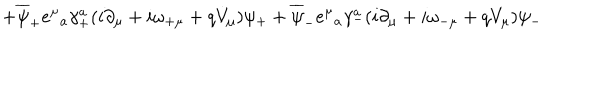
+ \overline { { { \psi } } } _ { + } e ^ { \mu } { } _ { a } \gamma _ { + } ^ { a } ( i \partial _ { \mu } + i \omega _ { + \mu } + q V _ { \mu } ) \psi _ { + } + \overline { { { \psi } } } _ { - } e ^ { \mu } { } _ { a } \gamma _ { - } ^ { a } ( i \partial _ { \mu } + i \omega _ { - \mu } + q V _ { \mu } ) \psi _ { - }